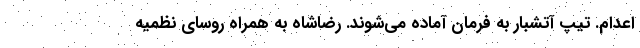
اعدام. تیپ آتشبار به فرمان آماده می‌شوند. رضاشاه به همراه روسای نظمیه